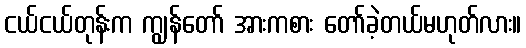
ငယ်ငယ်တုန်းက ကျွန်တော် အားကစား တော်ခဲ့တယ်မဟုတ်လား။